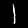
Label: 1